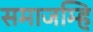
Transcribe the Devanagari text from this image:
समाजम्हि